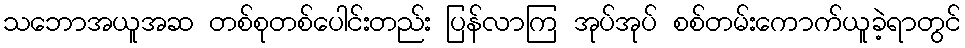
သဘောအယူအဆ တစ်စုတစ်ပေါင်းတည်း ပြန်လာကြ အုပ်အုပ် စစ်တမ်းကောက်ယူခဲ့ရာတွင်